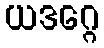
ယဒဂ္ဂေ